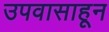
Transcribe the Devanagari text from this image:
उपवासाहून